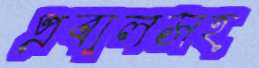
প্রবালসহ